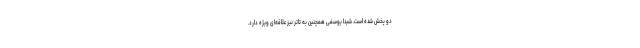
دو پخش شده است. شیدا یوسفی همچنین به تاتر نیز علاقه‌ای ویژه دارد.